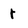
Character: r